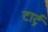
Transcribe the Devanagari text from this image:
टार्टु